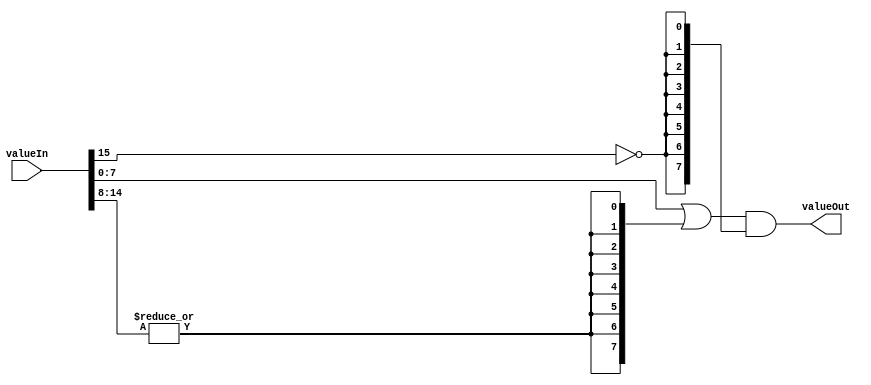
/*	clampSPositive
	Input   a SIGNED   number, 
	Output  a UNSIGNED number clamped to power of 2 (0..2^OUTW -1) 
	If you need the number as SIGNED again, it is user responsability to concatenate a 0
	WARNING : INW >= OUTW+2.
	
	Instanciation :
	clampSPositive #(.INW(16),.OUTW(8)) myClampSPositive(.valueIn(signedInput),.valueOut(unsignedSPositive));
*/
module clampSPositive
#(	parameter INW  = 16,	// -32768..+32767
	parameter OUTW = 8		//      0..+255
)
(
	input  signed [ INW-1:0] valueIn,
	output        [OUTW-1:0] valueOut
);
	// Neg Sign  => 0
	wire isPos					= !valueIn[INW-1];
	wire [OUTW-1:0] andStage	= {OUTW{isPos}};
	
	// Pos > 255 => 255
	wire overF					= |valueIn[INW-2:OUTW];
	
	assign valueOut = ( valueIn[OUTW-1:0] | {OUTW{overF}} ) & andStage;
endmodule